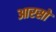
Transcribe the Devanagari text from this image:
आरसो